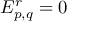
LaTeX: E _ { p , q } ^ { r } = 0